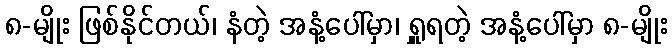
၈-မျိုး ဖြစ်နိုင်တယ်၊ နံတဲ့ အနံ့ပေါ်မှာ၊ ရှူရတဲ့ အနံ့ပေါ်မှာ ၈-မျိုး